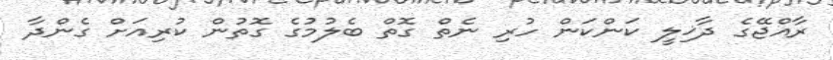
ރާއްޖޭގެ ދާޚިލީ ކަންކަން ހުރި ނެތް ގޮތް ބެލުމުގެ ގޮތުން ކުރިއަށް ގެންދާ